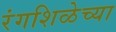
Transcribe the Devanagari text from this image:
रंगशिळेच्या